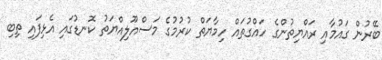
ބޭރުން ގައުމާއި ރައްޔިތުންގެ ހައްގުތައް ހިމާޔަތް ކުރުމުގެ މަސްއޫލިއްޔަތު ކޮނޑުގައި އެޅިފައި ތިބި